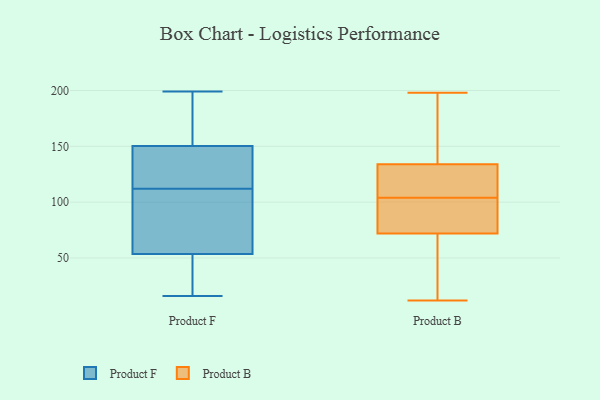
{"axis": {"x": "Latency (ms)", "y": "Value"}, "legend": ["Product B", "Product F"], "data": [{"x": "", "y": 132, "type": "Product F"}, {"x": "", "y": 159, "type": "Product F"}, {"x": "", "y": 44, "type": "Product F"}, {"x": "", "y": 168, "type": "Product F"}, {"x": "", "y": 112, "type": "Product F"}, {"x": "", "y": 28, "type": "Product F"}, {"x": "", "y": 187, "type": "Product F"}, {"x": "", "y": 99, "type": "Product F"}, {"x": "", "y": 112, "type": "Product F"}, {"x": "", "y": 113, "type": "Product F"}, {"x": "", "y": 64, "type": "Product F"}, {"x": "", "y": 199, "type": "Product F"}, {"x": "", "y": 16, "type": "Product F"}, {"x": "", "y": 142, "type": "Product F"}, {"x": "", "y": 42, "type": "Product F"}, {"x": "", "y": 106, "type": "Product F"}, {"x": "", "y": 50, "type": "Product F"}, {"x": "", "y": 153, "type": "Product F"}, {"x": "", "y": 96, "type": "Product F"}, {"x": "", "y": 43, "type": "Product B"}, {"x": "", "y": 198, "type": "Product B"}, {"x": "", "y": 138, "type": "Product B"}, {"x": "", "y": 117, "type": "Product B"}, {"x": "", "y": 130, "type": "Product B"}, {"x": "", "y": 59, "type": "Product B"}, {"x": "", "y": 12, "type": "Product B"}, {"x": "", "y": 93, "type": "Product B"}, {"x": "", "y": 104, "type": "Product B"}, {"x": "", "y": 57, "type": "Product B"}, {"x": "", "y": 159, "type": "Product B"}, {"x": "", "y": 106, "type": "Product B"}, {"x": "", "y": 128, "type": "Product B"}, {"x": "", "y": 145, "type": "Product B"}, {"x": "", "y": 53, "type": "Product B"}, {"x": "", "y": 100, "type": "Product B"}, {"x": "", "y": 104, "type": "Product B"}, {"x": "", "y": 85, "type": "Product B"}, {"x": "", "y": 96, "type": "Product B"}, {"x": "", "y": 143, "type": "Product B"}]}